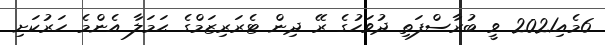
6މެއި2021 ވީ ބުރާސްފަތި ދުވަހުގެ ރޭ ދިން ޓެރަރިޒަމްގެ ޙަމަލާ އެންމެ ހަރުކަށި